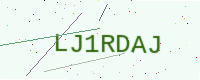
Text: LJ1RDAJ